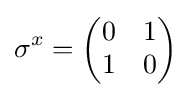
\sigma ^{x}={\begin{pmatrix}0&1\\1&0\end{pmatrix}}